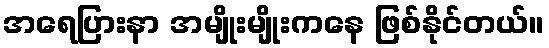
အရေပြားနာ အမျိုးမျိုးကနေ ဖြစ်နိုင်တယ်။